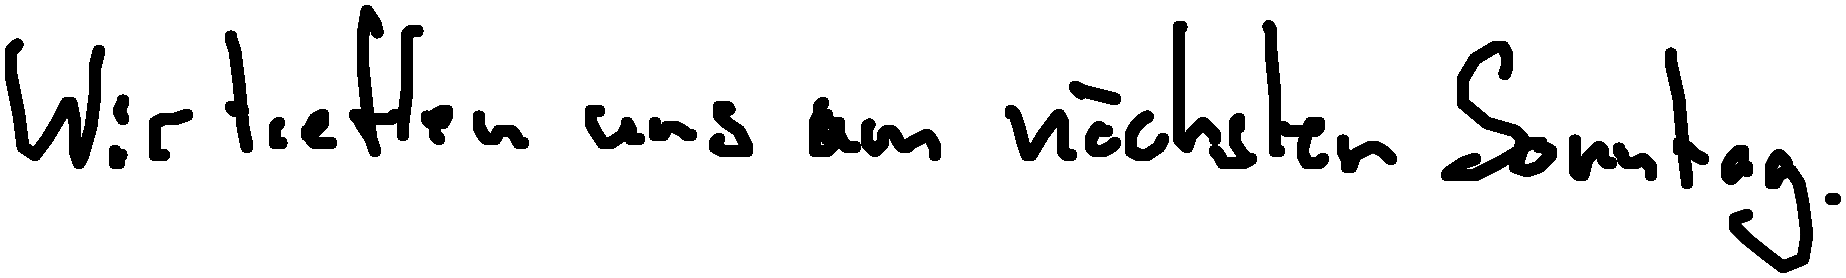
Wir treffen uns am nächsten Sonntag.